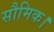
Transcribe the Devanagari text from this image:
सौमिक।